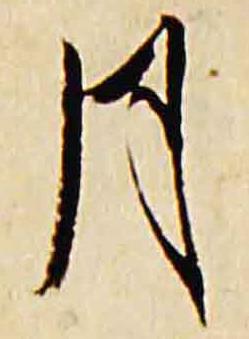
月